NAE_EAA_T-1039_V_I__Lenini_nimeline_kalurikolhoos, lk 8
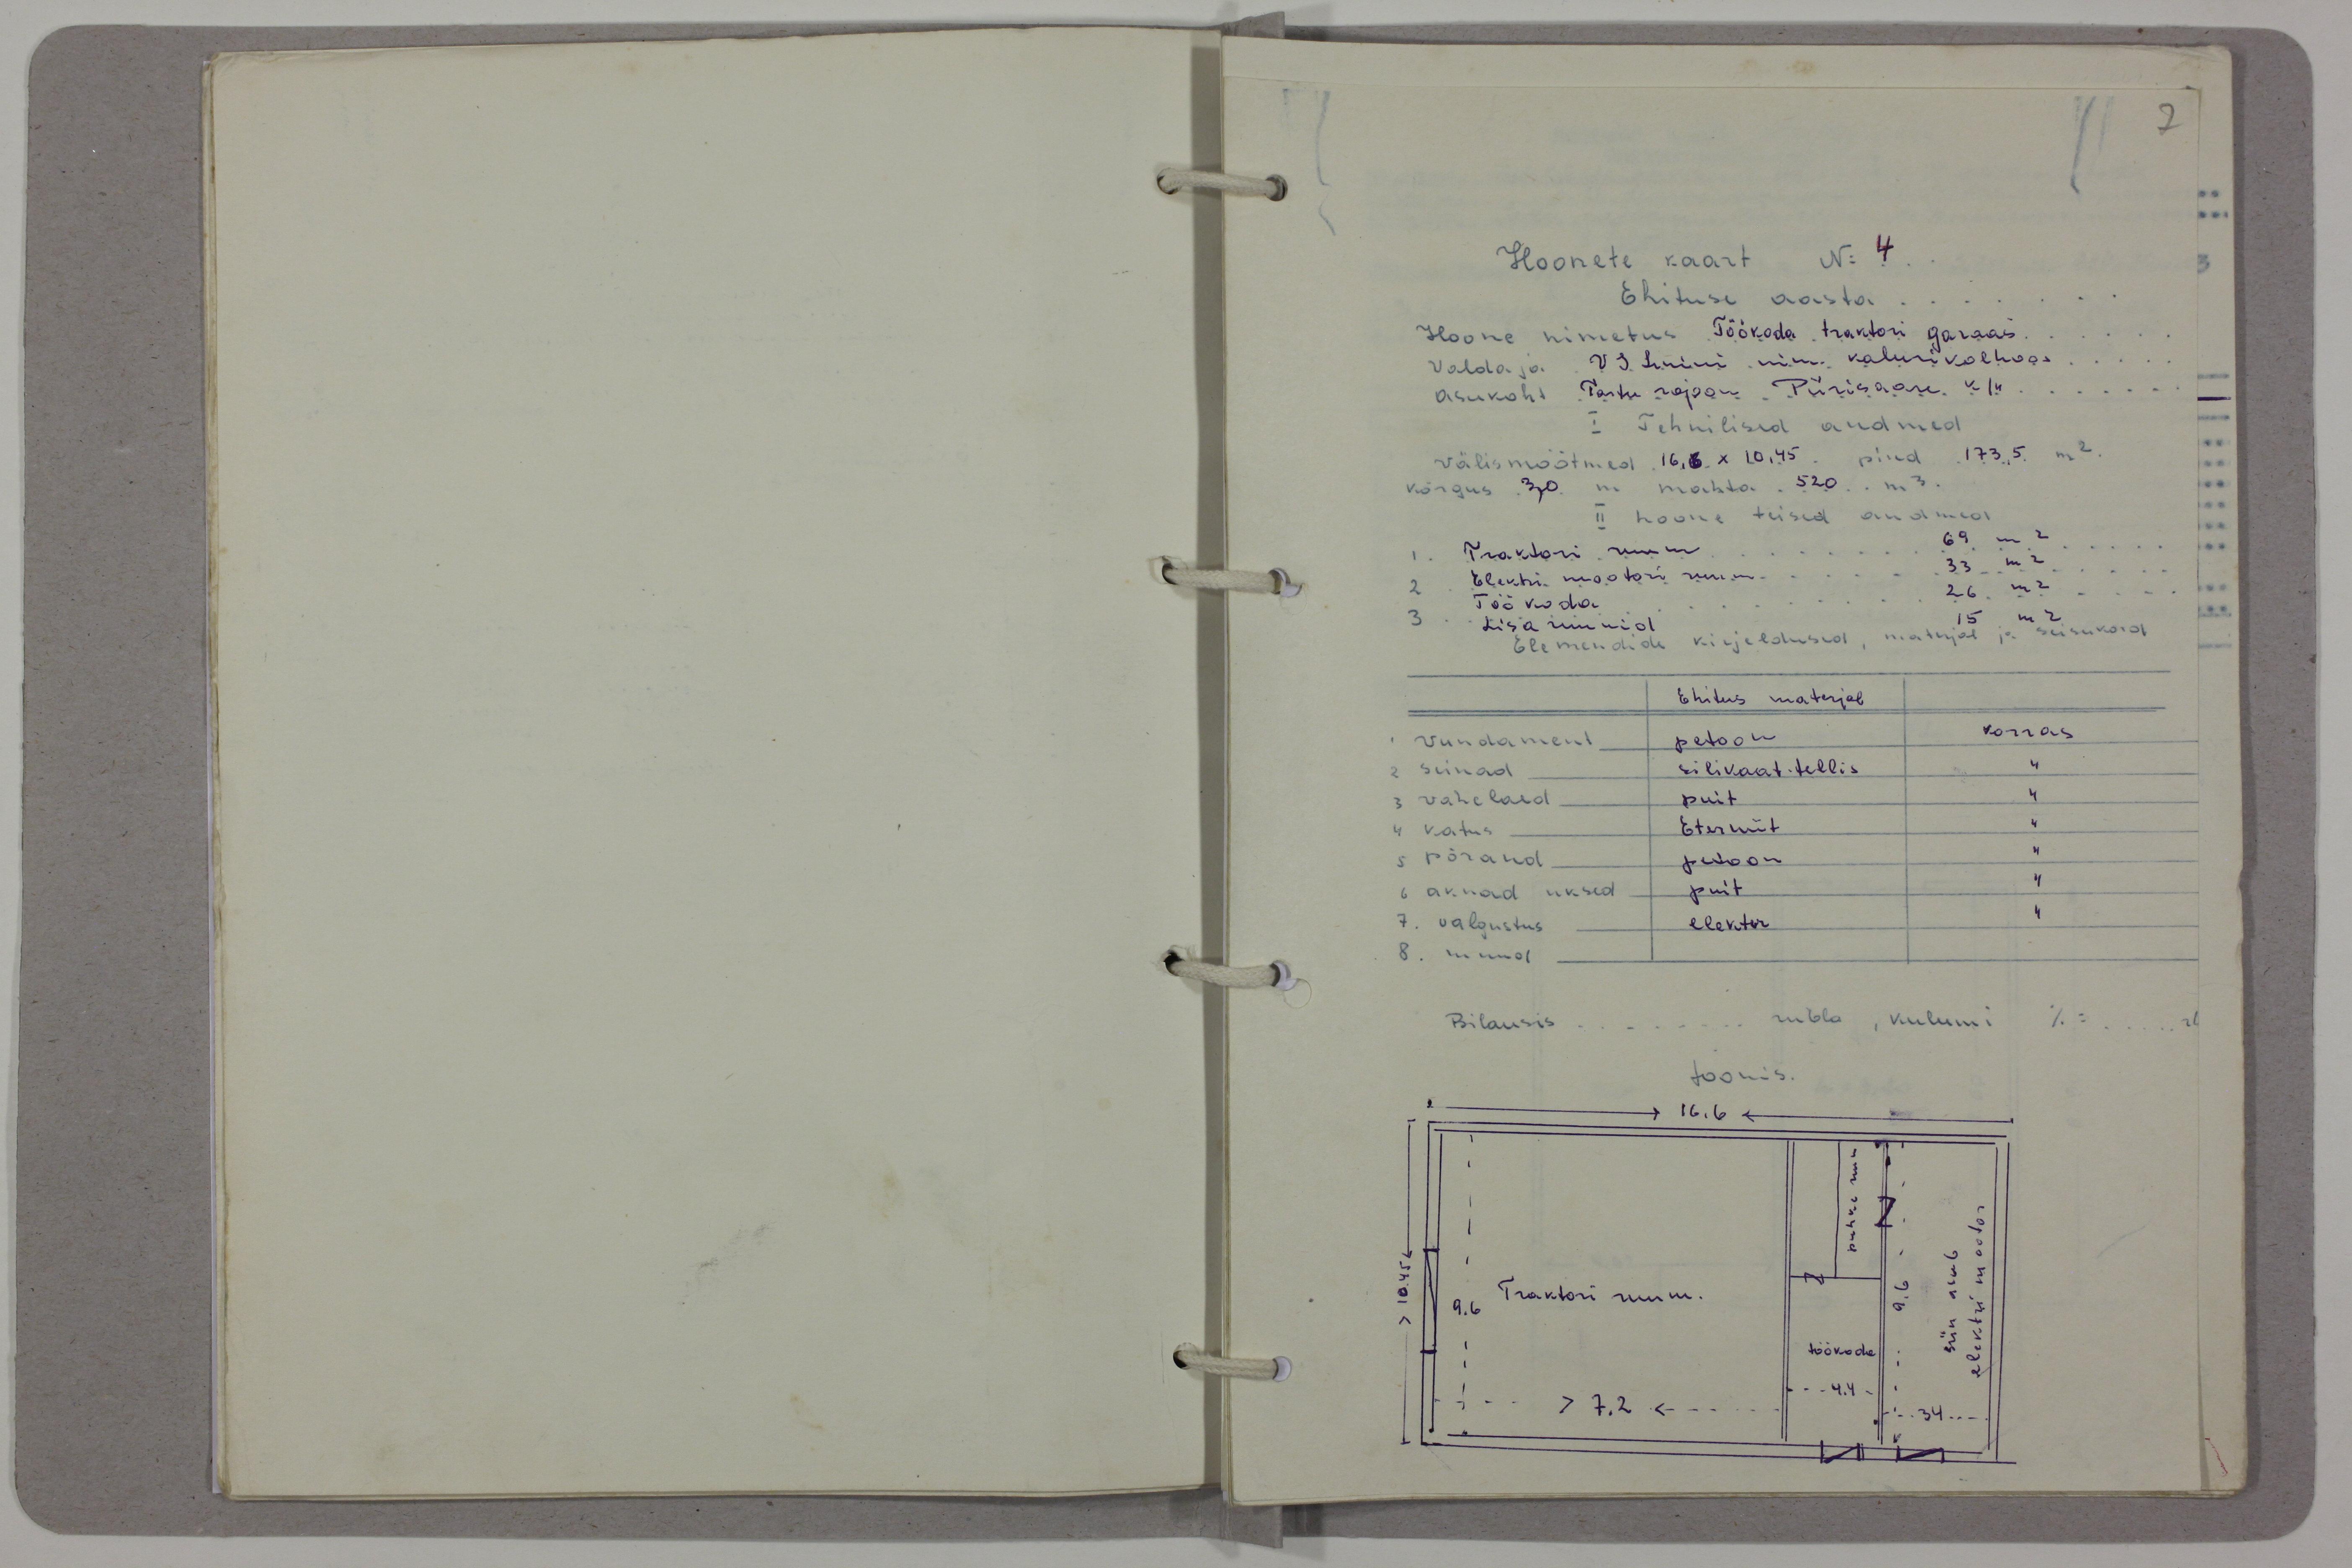
Hoonete kaart No 4
Ehituse aasta
Hoone nimetus Töökoda traktori garaaš.
Valdaja V.I. Lenini nim kalurikolhoos
asukoht Tartu rajoon Piirisaare k/n
I Tehnilised andmed
välismõõtmed 16,6.X 10,45. pind 173,5 m2
kõrgus 30 m mahta 520 m3.
II hoone teised andmed
Traktori ruum 69 m2
Elektri mootori ruum 33 m2
Töökoda 26 m2
Lisa ruumid 5 m2
Elemendide kirjeldused, materjal ja seisukord
Ehitus materjab.
vundament petoon
korras.
seinad
silikaat tellis
vahelaed
puit
katus
Eterniit
5 põrand
petoon
6 aknad uksed
puit
7. valgustus
elekter
8. muud
Bilansis ... rubla, kulumi % .. rb
Joonis.
16,6
puhkeruum
siin asub
elektri mootor
Traktori ruum.
töökoda
4.4
34
7.2